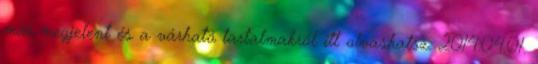
már megjelent és a várható tartalmakról itt olvashatsz: 2014.04.01.